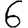
Digit: 6